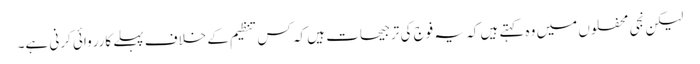
لیکن نجی محفلوں میں وہ کہتے ہیں کہ یہ فوج کی ترجیحات ہیں کہ کس تنظیم کے خلاف پہلے کارروائی کرنی ہے۔